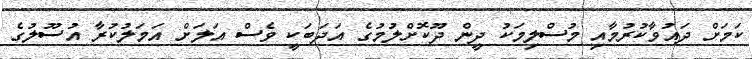
ކަމަށް ދައުވާކުރުމާއި މުސްލިމަކު ދީން ދޫކޮށްލުމުގެ އަދަބަކީ ވެސް އަލަށް އަމަލުކުރާ އުސޫލުގެ